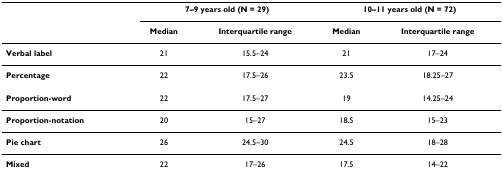
|  | <COLSPAN=2> 7–9 years old (N = 29) | <COLSPAN=2> 10–11 years old (N = 72) |
 |  | Median | Interquartile range | Median | Interquartile range |
 | --- | --- | --- | --- | --- |
 | Verbal label | 21 | 15.5–24 | 21 | 17–24 |
 | Percentage | 22 | 17.5–26 | 23.5 | 18.25–27 |
 | Proportion-word | 22 | 17.5–27 | 19 | 14.25–24 |
 | Proportion-notation | 20 | 15–27 | 18.5 | 15–23 |
 | Pie chart | 26 | 24.5–30 | 24.5 | 18–28 |
 | Mixed | 22 | 17–26 | 17.5 | 14–22 |